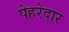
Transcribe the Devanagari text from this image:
पेहरेदार